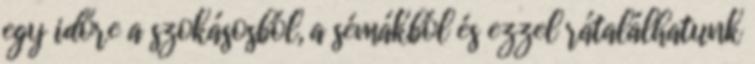
egy időre a szokásosból, a sémákból és ezzel rátalálhatunk